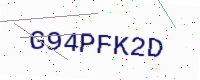
Text: G94PFK2D